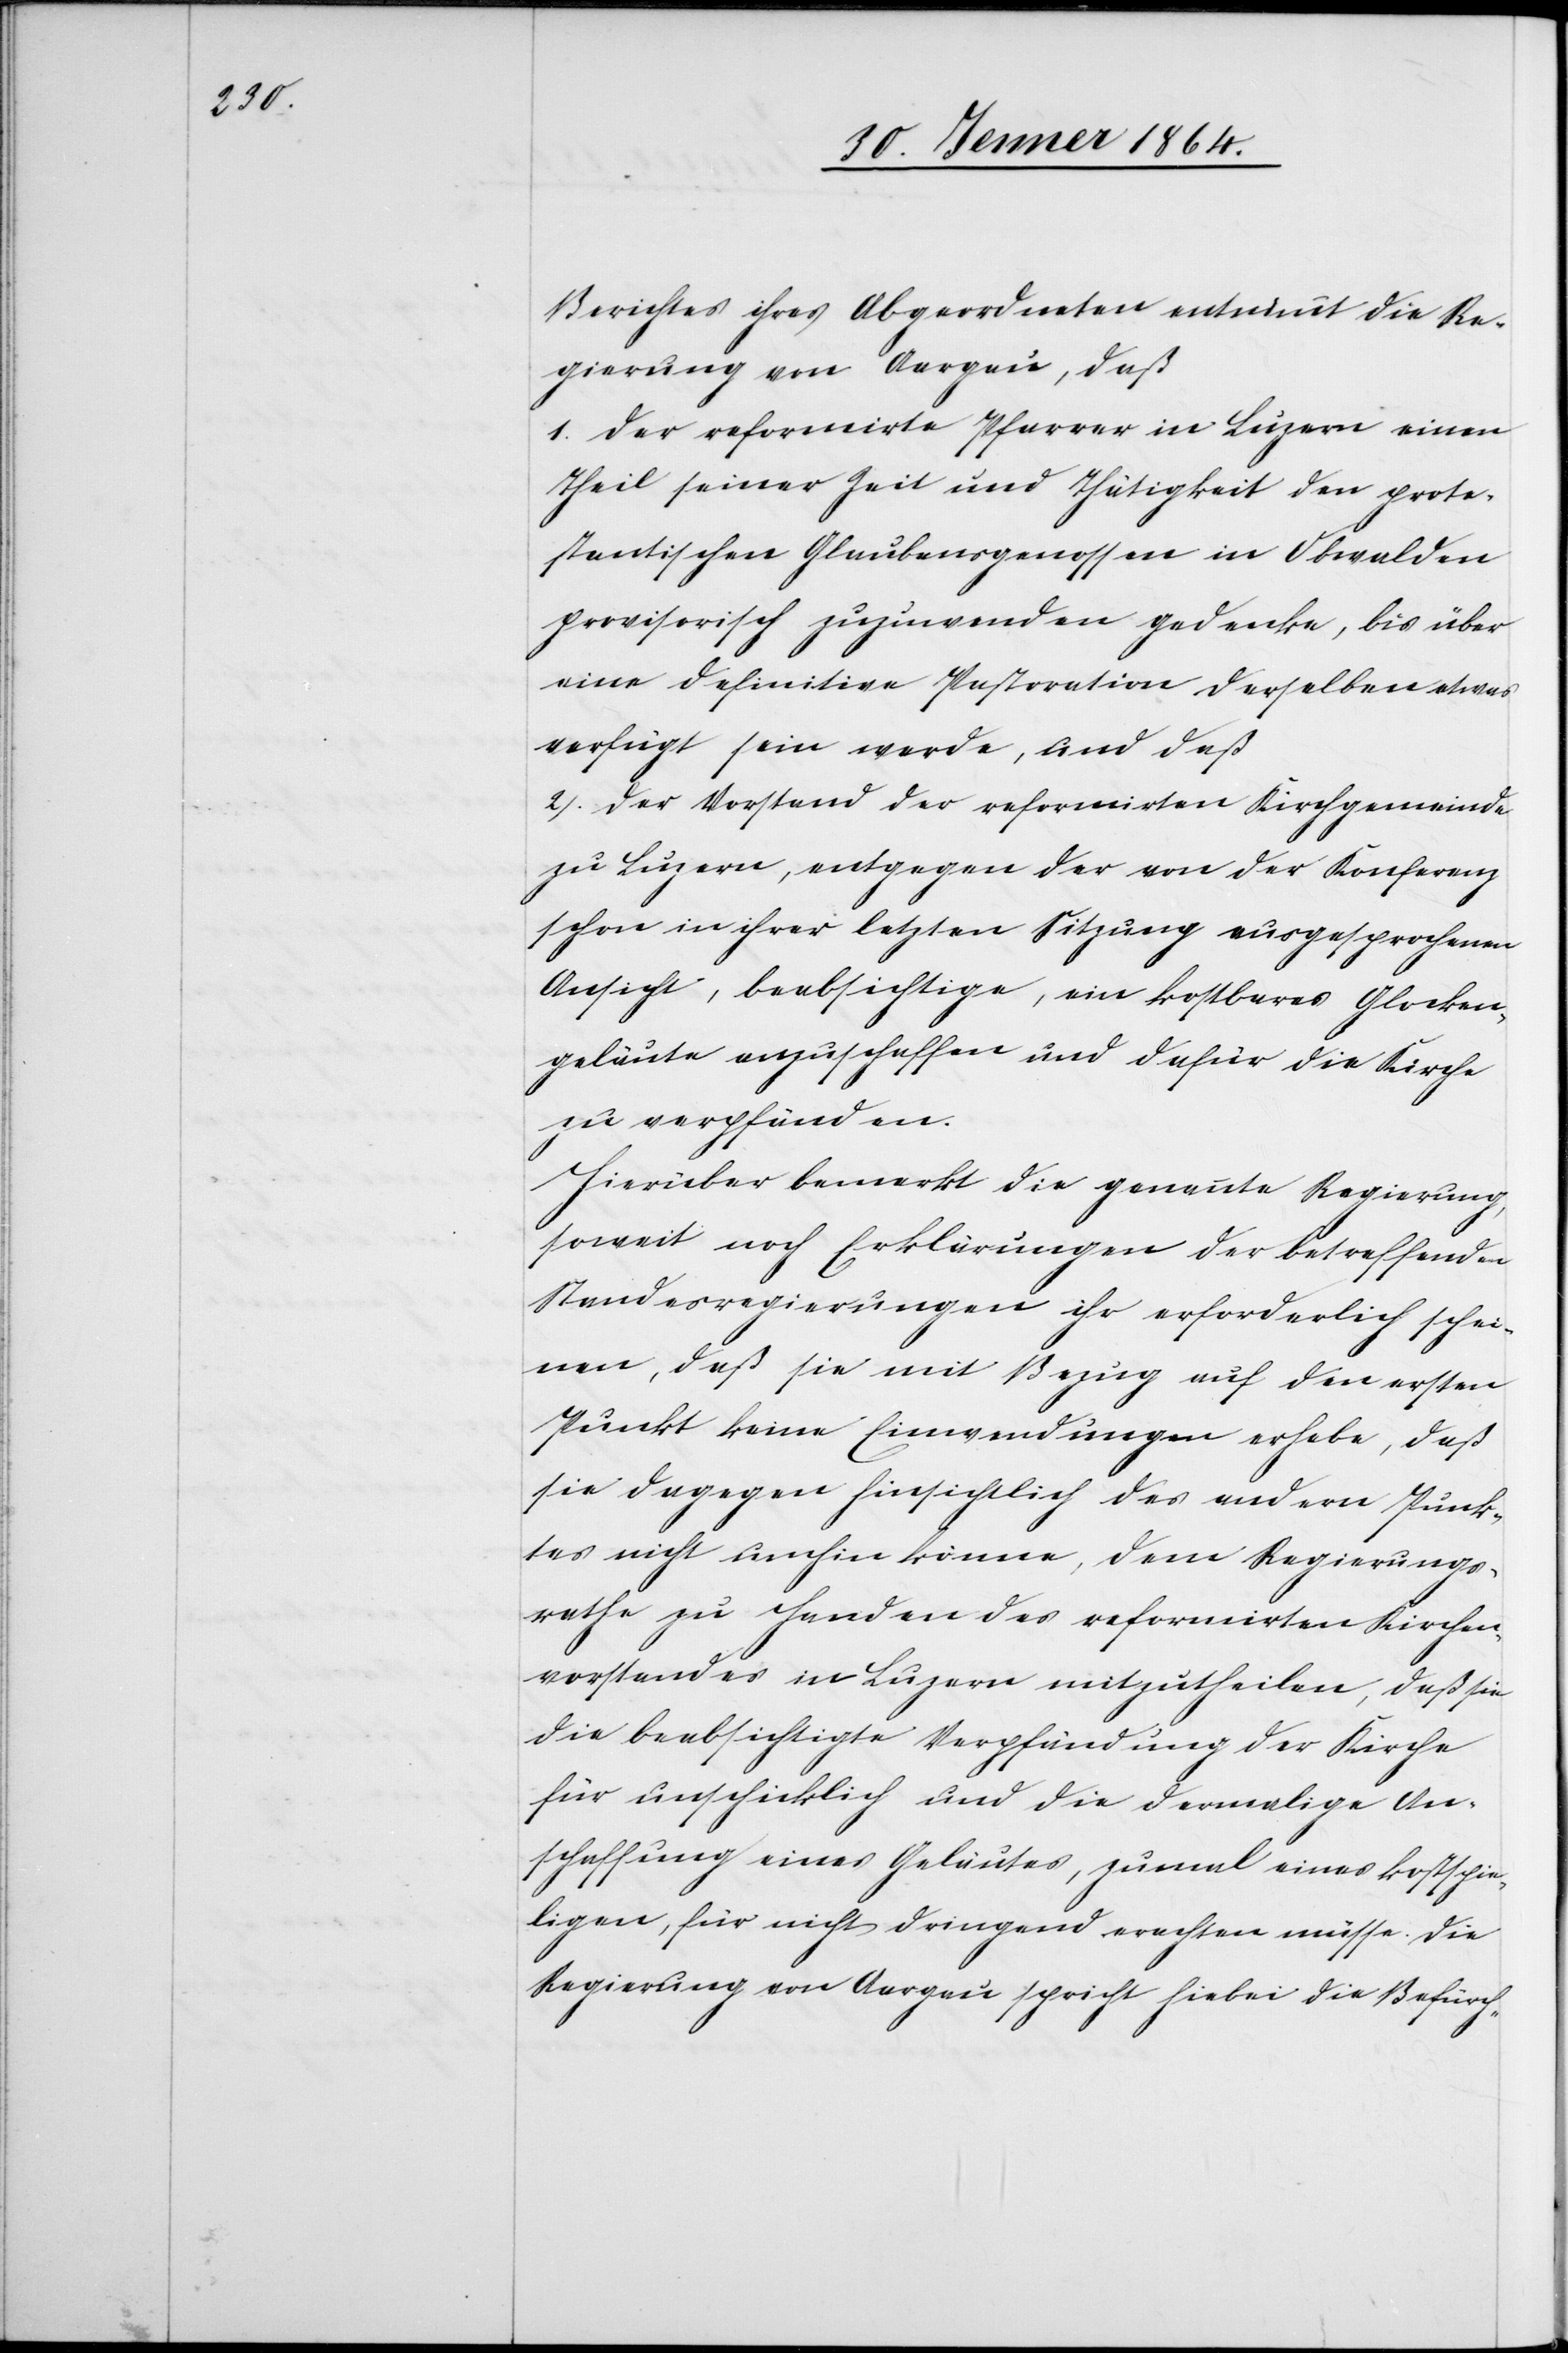
Berichtes ihrer Abgeordneten entnimmt die Re¬
gierung von Aargau, daß
1. Der reformirte Pfarrer in Luzern einen
Theil seiner Zeit und Thätigkeit den prote¬
stantischen Glaubensgenossen in Obwalden
provisorisch zuzuwenden gedenke, bis über
eine definitive Pastoration derselben etwas
verfügt sein werde, und daß
2. Der Vorstand der reformirten Kirchgemeinde
zu Luzern, entgegen der von der Konferenz
schon in ihrer letzten Sitzung ausgesprochenen
Ansicht, beabsichtige, ein kostbares Glocken¬
geläute anzuschaffen und dafür die Kirche
zu verpfänden.
Hierüber bemerkt die genannte Regierung,
soweit noch Erklärungen der betreffenden
Standesregierungen ihr erforderlich schei¬
nen, daß sie mit Bezug auf den ersten
Punkt keine Einwendungen erhebe, daß
sie dagegen hinsichtlich des andern Punk¬
tes nicht umhin könne, dem Regierungs¬
rathe zu Handen des reformirten Kirchen¬
vorstandes in Luzern mitzutheilen, daß sie
die beabsichtigte Verpfändung der Kirche
für unschicklich und die dermalige An¬
schaffung eines Geläutes, zumal eines kostspie¬
ligen, für nicht dringend erachten müsse. Die
Regierung von Aargau spricht hierbei die Befürch-